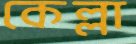
কেল্লা